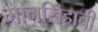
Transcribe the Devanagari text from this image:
मानसिंहाची